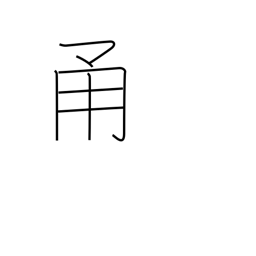
Meaning: road with walls on both sides